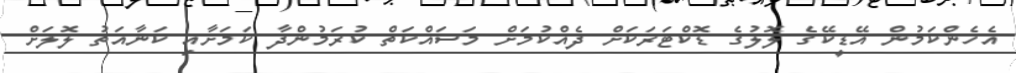
އެހެންކަމުން އޭޑީކޭގެ ލޮލުގެ ޑޮކްޓަރަކަށް ދެއްކުމަށް މަސައްކަތް ކުރަމުންދާ ކަމަށާއި ކަނާއަތު ލޮލަށް